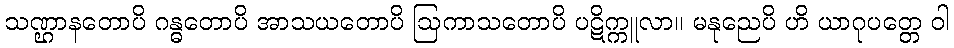
သဏ္ဌာနတောပိ ဂန္ဓတောပိ အာသယတောပိ ဩကာသတောပိ ပဋိက္ကူလာ။ မနုညေပိ ဟိ ယာဂုပတ္တေ ဝါ